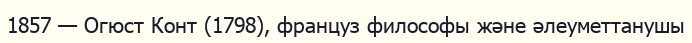
1857 — Огюст Конт (1798), француз философы және әлеуметтанушы